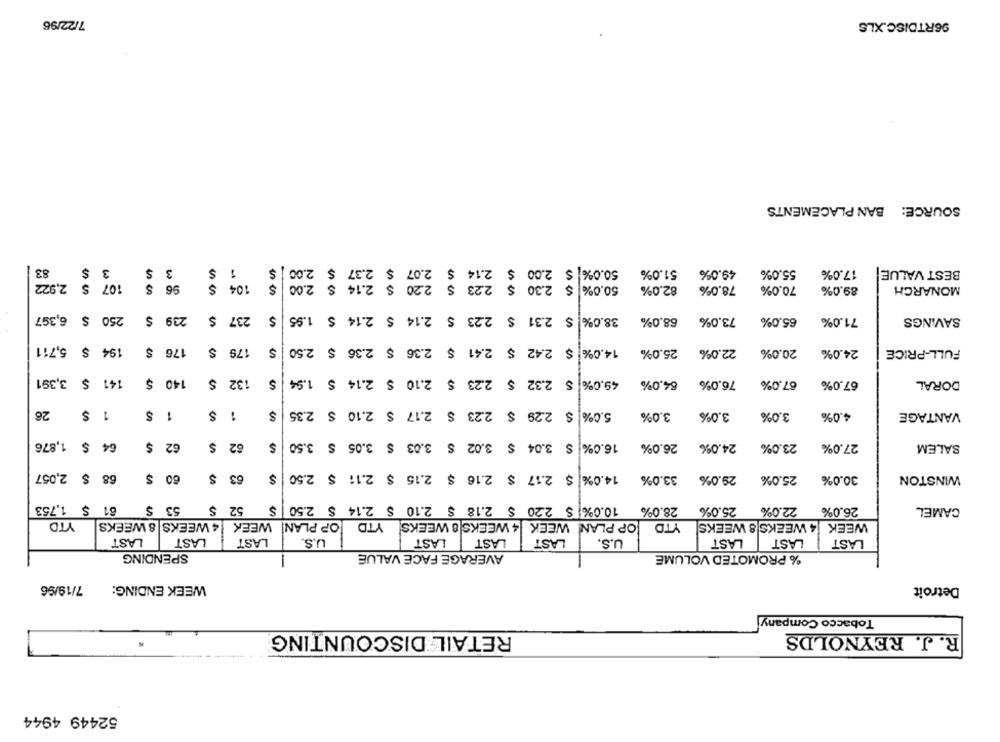
7/22/96
96RTDISC.XLS
SOURCE: BAN PLACEMENTS
83
3
$
3
$
50.0% $ 2.00 $ 2.14 $ 2.07 $ 2.37 $ 2.00
51.0%
49.0%
55.0%
17.0%
BEST VALUE
107 $ 2,922
$
96
104
50.0% $ 2.30 $ 2.23 $ 2.20 $ 2.14 $ 2.00
82.0%
78.0%
70.0%
89.0%
MONARCH
250 $ 6,397
239 $
$
237
38.0% $ 2.31 $ 2.23 $ 2.14 $ 2.14 $ 1.95
68.0%
73.0%
65.0%
71.0%
SAVINGS
194 $ 5,711
176 $
179 $
14.0% $ 2.42 $ 2.41 $ 2.36 $ 2.36 $ 2.50
25.0%
22.0%
20.0%
24.0%
FULL-PRICE
141 $ 3,391
140 $
132
49.0% $ 2.32 $ 2.23 $ 2.10 $ 2.14 $ 1.94
$
54.0%
76.0%
67.0%
67.0%
DORAL
26
1 $
$
1
S
5.0% $ 2.29 $ 2.23 $ 2.17 $ 2.10 $ 2.35
3.0%
3.0%
3.0%
4.0%
VANTAGE
64 $ 1,876
62 $
62 $
$
16.0% $ 3.04 $ 3.02 $ 3.03 $ 3.05 $ 3.50
26.0%
24.0%
23.0%
27.0%
SALEM
68 $ 2,057
60 $
63 $
14.0% $ 2.17 $ 2.16 $ 2.15 $ 2.11 $ 2.50 $
33.0%
29.0%
25.0%
30.0%
WINSTON
10.0% $ 2.20 $ 2.18 $ 2.10 $ 2.14 $ 2.50
61 $ 1,753
53 $
52 $
$
28.0%
25.0%
22.0%
26.0%
CAMEL
YTD
4 WEEKS |8 WEEKS
WEEK
OP PLAN!
YTD
OP PLAN WEEK |4 WEEKS 8 WEEKS
YTD
4 WEEKS 8 WEEKS
WEEK
LAST
LAST
LAST
U.S.
LAST LAST
LAST
U.S.
LAST
LAST
LAST
SPENDING
AVERAGE FACE VALUE
% PROMOTED VOLUME
7/19/96
WEEK ENDING:
Detroit
Tobacco Company
RETAIL DISCOUNTING
R. J. REYNOLDS
52449 4944